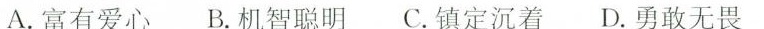
A.富有爱心 B.机智聪明 C.镇定沉着 D.勇敢无畏